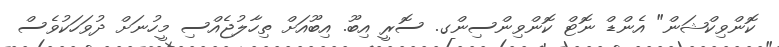
ކޮންވިކްޝަން" އެންޑް ނޮޓް ކޮންވިންސިންގ. ސޮރީ އިބޫ. އިބޫއަށް ތިހާލުޖެއްސި މީހުނަށް ދުވަހަކުވެސް